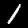
Digit: 1